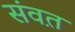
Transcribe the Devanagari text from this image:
संवत़